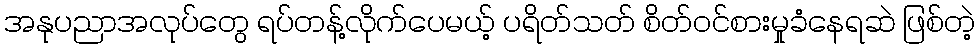
အနုပညာအလုပ်တွေ ရပ်တန့်လိုက်ပေမယ့် ပရိတ်သတ် စိတ်ဝင်စားမှုခံနေရဆဲ ဖြစ်တဲ့